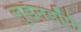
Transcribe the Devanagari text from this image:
लुडेनडॉर्फ